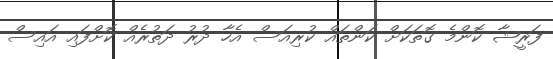
ފަރީޝާ ކޮންމެ ގޮތަކަށް ކަންތައް ކުރިއަސް އެހާ ދުރު ދަތުރެއް ކޮށްފައި އައިސް